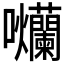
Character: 𭍗